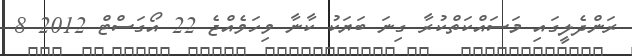
ރަންދެލީގައި މަސައްކަތްކުރާ ގިނަ ބަޔަކު ކާނާ ވިހަވެއްޖެ 22 އޯގަސްޓް 2012 8